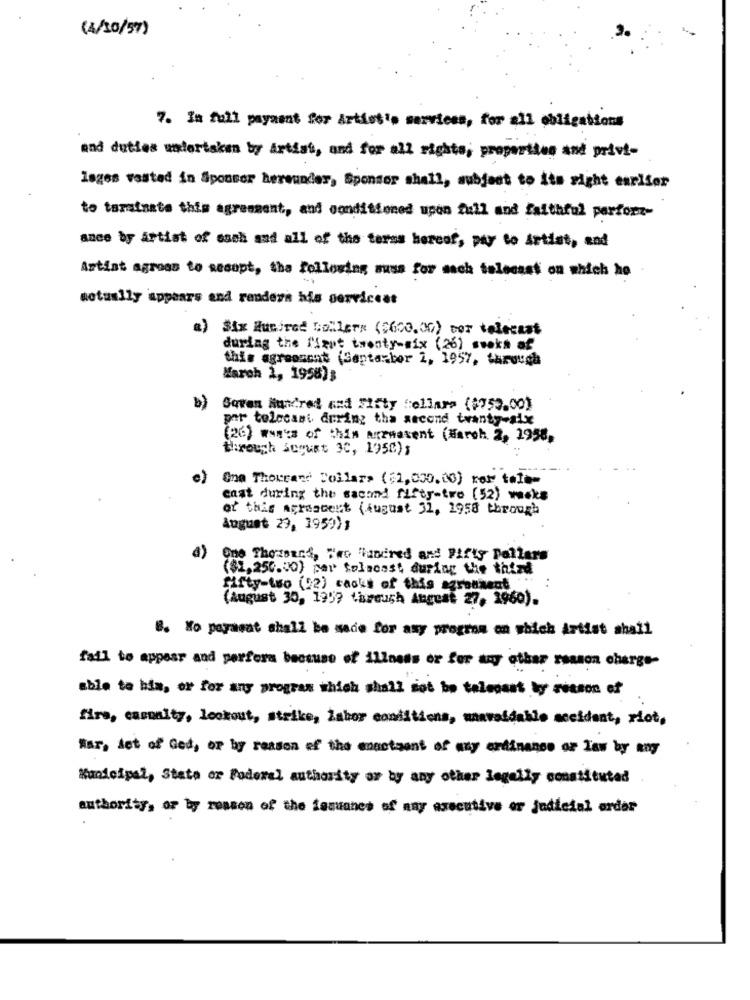
(4/10/57)
7. In full payment for Artist's services, for all obligations
and duties wedertaken by Artist, and for all rights, properties and privi-
lages vested in Sponsor hereunder, Sponsor shall, subject to its sight earlier
to tarainate this agreement, and conditioned upon full and faithful perforz-
ance by Artist of sach and all of the terms hereof, pay to Artist, and
Artist agross to sesopt, the following muss for sach telecast on which ho
actually appears end renders his serviceat
a) Six Hundred Callers ($600.00) cor telecast
during the first twenty-six (26) sooks of
this agreement (Septarbor 2, 1957, tarouch
March 1, 1958)3
b)
Seven Hundred and Fifty Dollars ($750.00)
par telecast during the second twanty-aix
(26) wages of this Arenacent (March 2, 1958,
through august 30, 1950)1
e)
Ona Thousand Dollars ($1,000.00) For tale-
cast during the sacond fifty-tro (52) weeks
of this agrascent (August 31, 1958 through
August 29, 1959),
a)
One Thousand, Two landred and Fifty Dollars
(82,250.00) par tolacast during the third
fifty-two (22) caoks of this agrouxent .
(August 30, 1999 through August 27, 1960).
8. Ho payasat shall be sade for asy program on which Artist shail
fail to appear and perfora because of illness or for any other reason charge-
able to him, or for any program which shall sot bo telecast by reason of
fire, camaity, lockout, strike, Labor conditions, unavoidable accident, riot,
Mar, det of Ged, or by reason of the mnastaant of any ordinance or Ias by any
Kanicipal, State or Federal authority or by any other legally constituted
authority, or by rosson of the tesuanes of any executive or judicial order